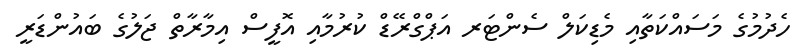
ހެދުމުގެ މަސައްކަތާއި މެޑިކަލް ސެންޓަރ އަޕްގްރޭޑް ކުރުމާއި އޮފީސް އިމާރާތް ޖަލުގެ ބައުންޑަރީ